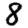
Digit: 8